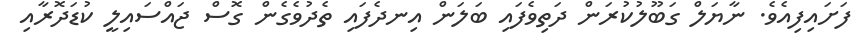
ފަށައިފިއެވެ. ނާޔަލް ގަބޫލުކުރަން ދަތިވެފައި ބަލަން އިނދެފައި ތެދުވެގެން ގޮސް ޖައްސައިލީ ކުޑަދޮރާއި